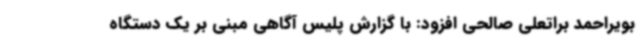
بویراحمد براتعلی صالحی افزود: با گزارش پلیس آگاهی مبنی بر یک دستگاه